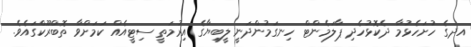
އދގެ ހުށަހެޅުމާ ދެކޮޅުހެދި ޕާލަމެންޓް ހިނގަމުންދަނީ ލީބިޔާގެ އިރުމަތީ ސިޓީއެއް ކަމަށްވާ ތޮބްރޫކްގައެވެ.